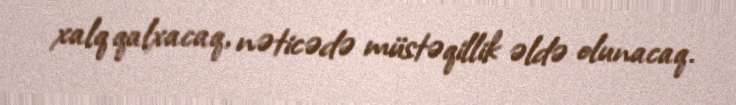
xalq qalxacaq, nəticədə müstəqillik əldə olunacaq.